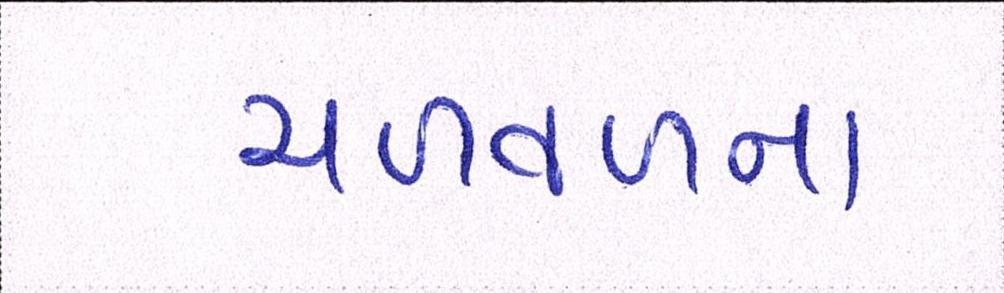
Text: ચળવળના